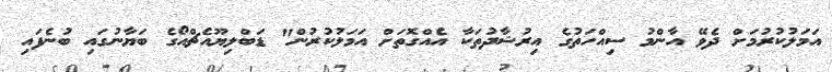
އަމަލުކުރުމަށް ދެވޭ އާންމު ސިއްހަތުގެ އިރުޝާދުތަކާ އެއްގޮތަށް އަމަލުކުރުން" ޑަބްލިޔޫއެޗްއޯގެ ބަޔާނުގައި ބުނެފައި